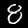
Label: 8